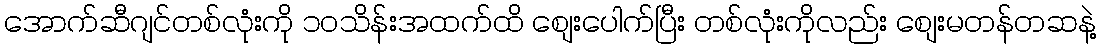
အောက်ဆီဂျင်တစ်လုံးကို ၁ဝသိန်းအထက်ထိ စျေးပေါက်ပြီး တစ်လုံးကိုလည်း စျေးမတန်တဆနဲ့